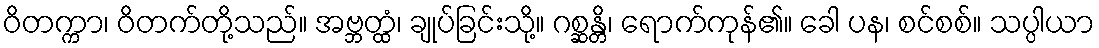
ဝိတက္ကာ၊ ဝိတက်တို့သည်။ အဗ္ဘတ္ထံ၊ ချုပ်ခြင်းသို့။ ဂစ္ဆန္တိ၊ ရောက်ကုန်၏။ ခေါ ပန၊ စင်စစ်။ သပ္ပါယာ